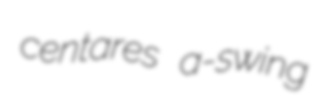
centares a-swing